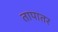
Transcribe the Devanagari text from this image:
तापातर